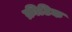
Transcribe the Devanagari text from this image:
क्रीटिक